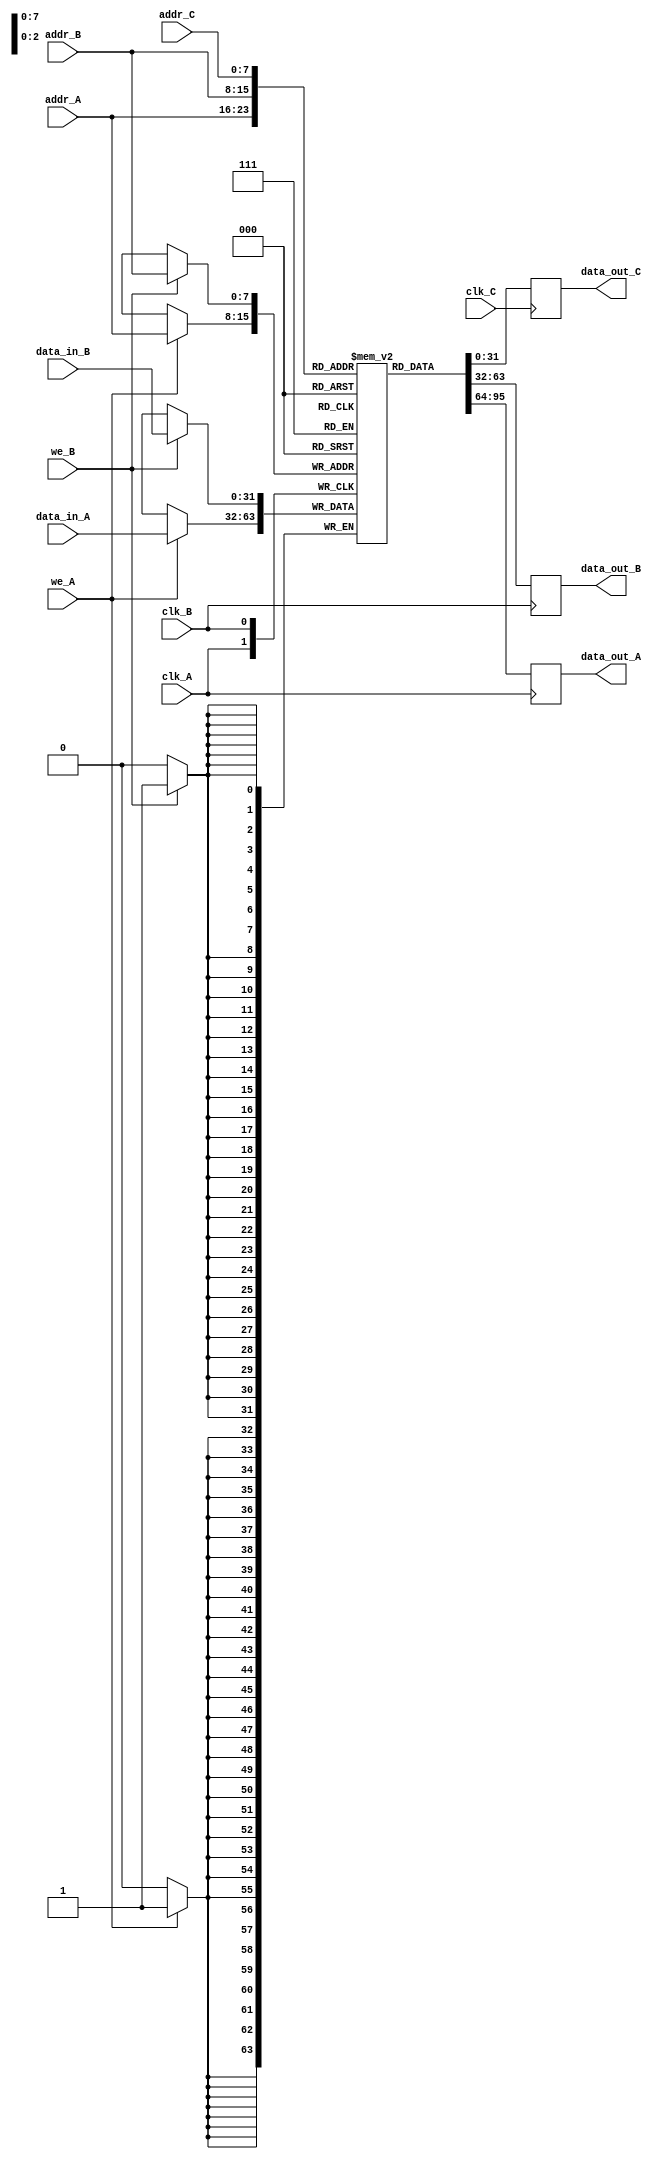
module triple_port_ram #(
    parameter DATA_WIDTH = 32,
    parameter ADDR_WIDTH = 8
)(
    // Port A
    input wire clk_A,
    input wire we_A,
    input wire [ADDR_WIDTH-1:0] addr_A,
    input wire [DATA_WIDTH-1:0] data_in_A,
    output reg [DATA_WIDTH-1:0] data_out_A,

    // Port B
    input wire clk_B,
    input wire we_B,
    input wire [ADDR_WIDTH-1:0] addr_B,
    input wire [DATA_WIDTH-1:0] data_in_B,
    output reg [DATA_WIDTH-1:0] data_out_B,

    // Port C
    input wire clk_C,
    input wire [ADDR_WIDTH-1:0] addr_C,
    output reg [DATA_WIDTH-1:0] data_out_C
);

    // Memory array declaration
    reg [DATA_WIDTH-1:0] ram [(1 << ADDR_WIDTH)-1:0];

    // Port A: Read/Write
    always @(posedge clk_A) begin
        if (we_A) begin
            ram[addr_A] <= data_in_A; // Write data
        end
        data_out_A <= ram[addr_A]; // Read data
    end

    // Port B: Read/Write
    always @(posedge clk_B) begin
        if (we_B) begin
            ram[addr_B] <= data_in_B; // Write data
        end
        data_out_B <= ram[addr_B]; // Read data
    end

    // Port C: Read Only
    always @(posedge clk_C) begin
        data_out_C <= ram[addr_C]; // Read data
    end

endmodule